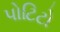
પોટિટો